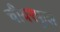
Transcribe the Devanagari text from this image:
चीयरफुल